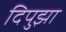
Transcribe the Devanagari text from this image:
दिपुझा